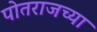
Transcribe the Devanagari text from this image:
पोतराजच्या